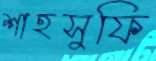
শাহসুফি